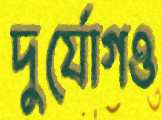
দুর্যোগও